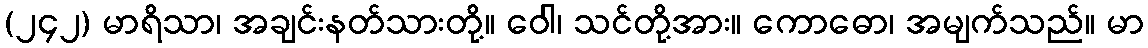
(၂၄၂) မာရိသာ၊ အချင်းနတ်သားတို့။ ဝေါ၊ သင်တို့အား။ ကောဓော၊ အမျက်သည်။ မာ